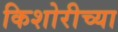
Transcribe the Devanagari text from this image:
किशोरीच्या